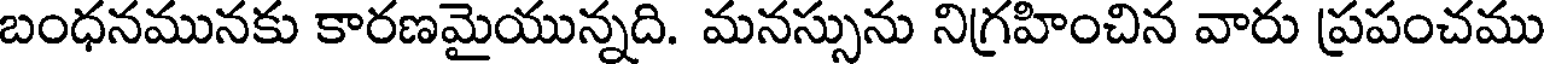
బంధనమునకు కారణమైయున్నది. మనస్సును నిగ్రహించిన వారు ప్రపంచము